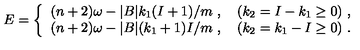
E = \left\{ \begin{array} { l } { ( n + 2 ) \omega - | B | k _ { 1 } ( I + 1 ) / m \ , \quad ( k _ { 2 } = I - k _ { 1 } \geq 0 ) \ , } \\ { ( n + 2 ) \omega - | B | ( k _ { 1 } + 1 ) I / m \ , \quad ( k _ { 2 } = k _ { 1 } - I \geq 0 ) \ . } \\ \end{array} \right.